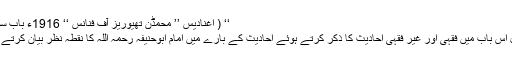
‘‘ ( اغنادیس ’’ محمڈن تھیوریز آف فنانس ‘‘ 1916ء باب سوم )
اقبال اس باب میں فقہی اور غیر فقہی احادیث کا ذکر کرتے ہوئے احادیث کے بارے میں امام ابوحنیفہ رحمہ اللہ کا نقطہ نظر بیان کرتے ہیں۔